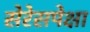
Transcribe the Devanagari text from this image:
सेरेसपेक्षा